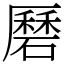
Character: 磿